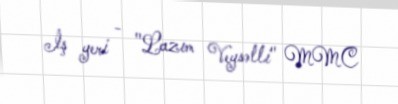
İş yeri - "Lazım Veysəlli" MMC